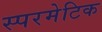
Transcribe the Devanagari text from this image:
स्परमेटिक